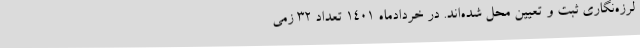
لرزه‌نگاری ثبت و تعیین محل شده‌اند. در خردادماه ۱۴۰۱ تعداد ۳۲ زمی